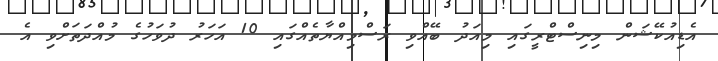
އެޑިއުކޭޝަން މިނިސްޓްރީގައި މިއަދު ބޭއްވި ރަސްމިއްޔާތެއްގައި 10 އަހަރު ދުވަހުގެ މުއްދަތަށްވި އެ